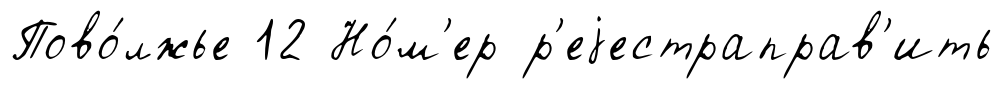
Пово́лжье 12 Но́м'ер р'еjестраправ'ить